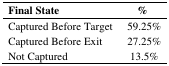
<table><thead><tr><td><b>Final State</b></td><td><b>%</b></td></tr></thead><tbody><tr><td>Captured Before Target</td><td>59.25%</td></tr><tr><td>Captured Before Exit</td><td>27.25%</td></tr><tr><td>Not Captured</td><td>13.5%</td></tr></tbody></table>